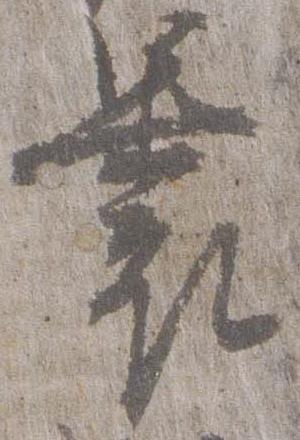
裹